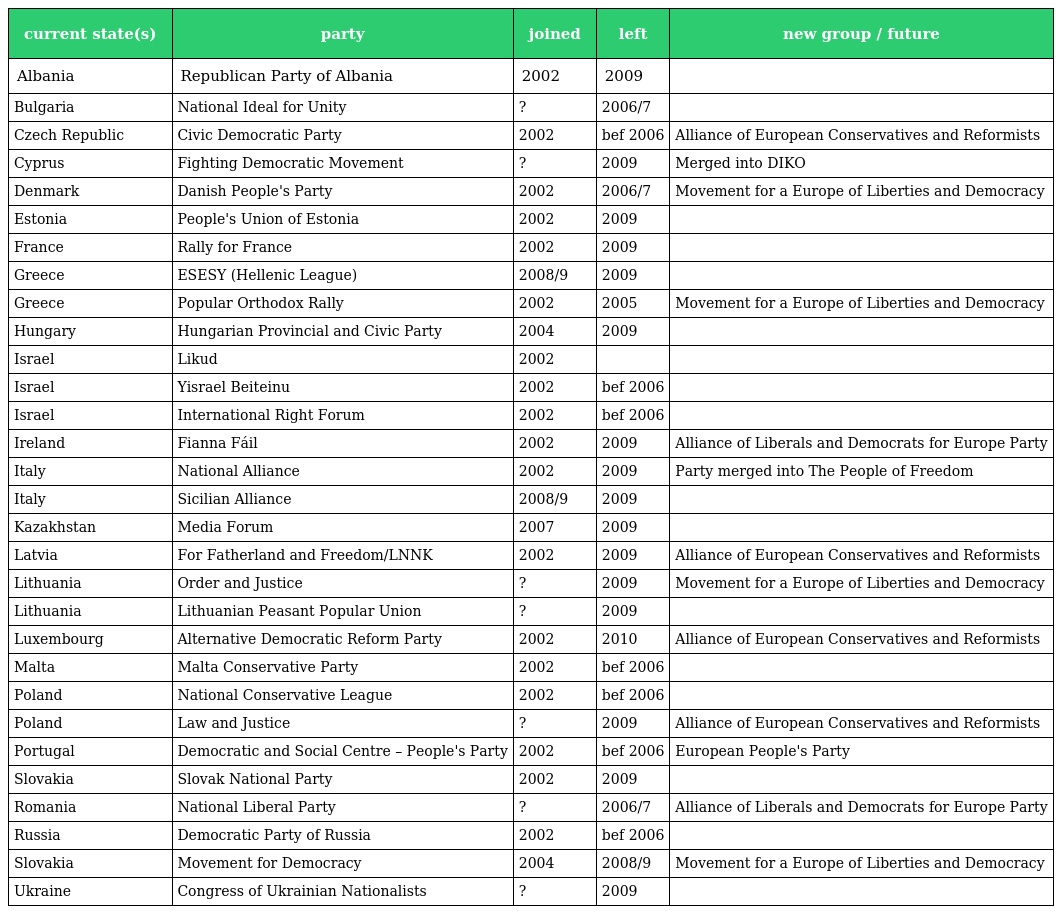
| current state(s) | party | joined | left | new group / future |
 | --- | --- | --- | --- | --- |
 | Albania | Republican Party of Albania | 2002 | 2009 |  |
 | Bulgaria | National Ideal for Unity | ? | 2006/7 |  |
 | Czech Republic | Civic Democratic Party | 2002 | bef 2006 | Alliance of European Conservatives and Reformists |
 | Cyprus | Fighting Democratic Movement | ? | 2009 | Merged into DIKO |
 | Denmark | Danish People's Party | 2002 | 2006/7 | Movement for a Europe of Liberties and Democracy |
 | Estonia | People's Union of Estonia | 2002 | 2009 |  |
 | France | Rally for France | 2002 | 2009 |  |
 | Greece | ESESY (Hellenic League) | 2008/9 | 2009 |  |
 | Greece | Popular Orthodox Rally | 2002 | 2005 | Movement for a Europe of Liberties and Democracy |
 | Hungary | Hungarian Provincial and Civic Party | 2004 | 2009 |  |
 | Israel | Likud | 2002 |  |  |
 | Israel | Yisrael Beiteinu | 2002 | bef 2006 |  |
 | Israel | International Right Forum | 2002 | bef 2006 |  |
 | Ireland | Fianna Fáil | 2002 | 2009 | Alliance of Liberals and Democrats for Europe Party |
 | Italy | National Alliance | 2002 | 2009 | Party merged into The People of Freedom |
 | Italy | Sicilian Alliance | 2008/9 | 2009 |  |
 | Kazakhstan | Media Forum | 2007 | 2009 |  |
 | Latvia | For Fatherland and Freedom/LNNK | 2002 | 2009 | Alliance of European Conservatives and Reformists |
 | Lithuania | Order and Justice | ? | 2009 | Movement for a Europe of Liberties and Democracy |
 | Lithuania | Lithuanian Peasant Popular Union | ? | 2009 |  |
 | Luxembourg | Alternative Democratic Reform Party | 2002 | 2010 | Alliance of European Conservatives and Reformists |
 | Malta | Malta Conservative Party | 2002 | bef 2006 |  |
 | Poland | National Conservative League | 2002 | bef 2006 |  |
 | Poland | Law and Justice | ? | 2009 | Alliance of European Conservatives and Reformists |
 | Portugal | Democratic and Social Centre – People's Party | 2002 | bef 2006 | European People's Party |
 | Slovakia | Slovak National Party | 2002 | 2009 |  |
 | Romania | National Liberal Party | ? | 2006/7 | Alliance of Liberals and Democrats for Europe Party |
 | Russia | Democratic Party of Russia | 2002 | bef 2006 |  |
 | Slovakia | Movement for Democracy | 2004 | 2008/9 | Movement for a Europe of Liberties and Democracy |
 | Ukraine | Congress of Ukrainian Nationalists | ? | 2009 |  |